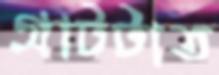
গ্রাটটাত